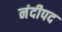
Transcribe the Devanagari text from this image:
नंदीपद